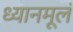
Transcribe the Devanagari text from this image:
ध्यानमूलं